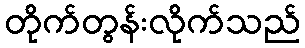
တိုက်တွန်းလိုက်သည်